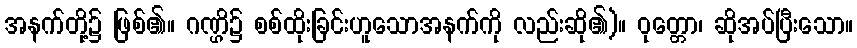
အနက်တို့၌ ဖြစ်၏။ ဂဏ္ဌိ၌ စစ်ထိုးခြင်းဟူသောအနက်ကို လည်းဆို၏)။ ဝုတ္တော၊ ဆိုအပ်ပြီးသော။